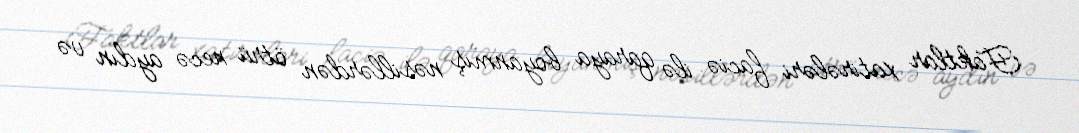
Faktlar xatirələri faciə ilə qaraya boyanmış nəsillərdən ötrü necə aydın və